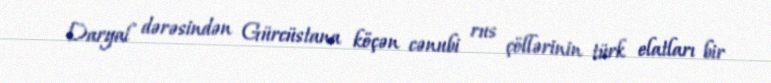
Daryal dərəsindən Gürcüstana köçən cənubi rus çöllərinin türk elatları bir